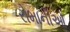
રોમાનીઓ